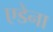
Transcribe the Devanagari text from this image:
एडेना